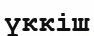
үккіш